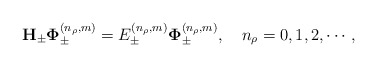
\begin{align*}{\bf H}_{\pm}{\bf\Phi}^{(n_\rho,m)}_{\pm}=E^{(n_\rho,m)}_{\pm}{\bf\Phi}^{(n_\rho,m)}_{\pm}, \quad n_\rho=0,1,2, \cdots,\end{align*}